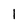
Character: l